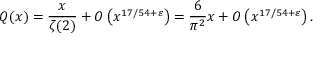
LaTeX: Q ( x ) = { \frac { x } { \zeta ( 2 ) } } + O \left( x ^ { 1 7 / 5 4 + \varepsilon } \right) = { \frac { 6 } { \pi ^ { 2 } } } x + O \left( x ^ { 1 7 / 5 4 + \varepsilon } \right) .